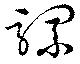
騾